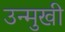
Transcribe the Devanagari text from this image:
उन्‍मुखी